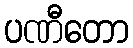
ပဏီတော